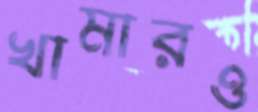
খামারও